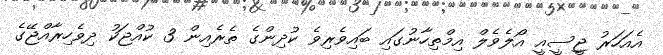
އެއަހަރު ޖީސީއީ އޯލެވެލް އިމްތިހާނުގައި ބައިވެރިވެ ކުދިންގެ ތެރެއިން 3 ކުއްޖަކު ދިވެހިރާއްޖޭގެ